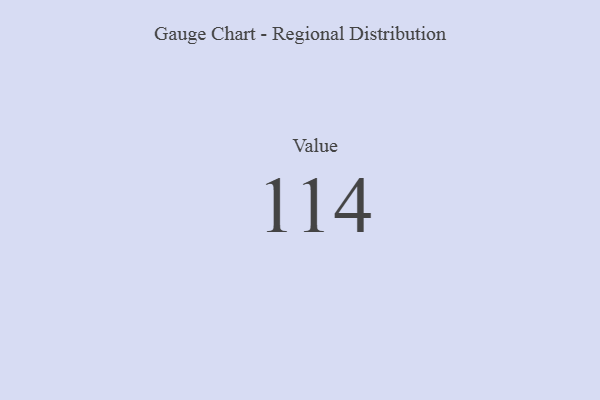
{"axis": {"x": "Metric", "y": "Value"}, "legend": [""], "data": [{"x": "Value", "y": 114, "type": ""}]}